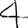
Digit: 4